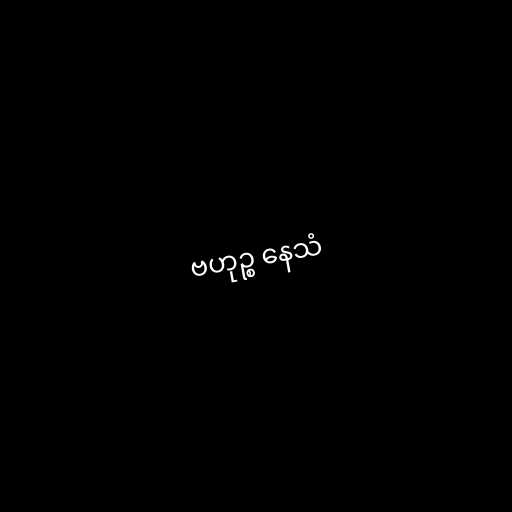
ဗဟုဉ္စ နေသံ